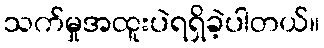
သက်မှုအထူးပဲရရှိခဲ့ပါတယ်။